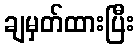
ချမှတ်ထားပြီး